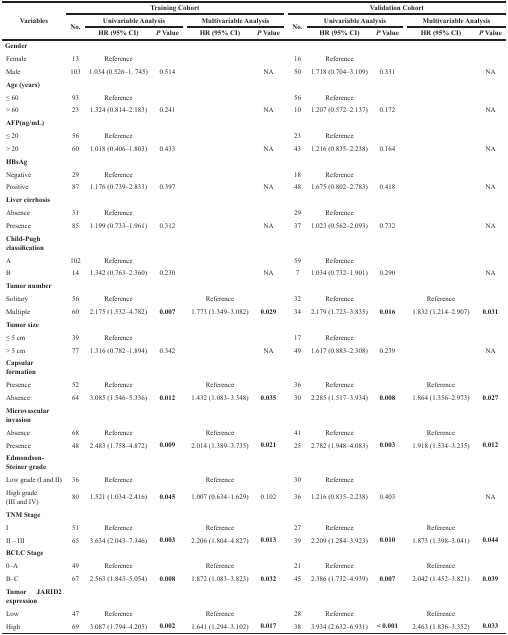
<table><thead><tr><td rowspan="3"><b>Variables</b></td><td colspan="5"><b>Training Cohort</b></td><td colspan="5"><b>Validation Cohort</b></td></tr><tr><td rowspan="2"><b>No.</b></td><td colspan="2"><b>Univariable Analysis</b></td><td colspan="2"><b>Multivariable Analysis</b></td><td rowspan="2"><b>No.</b></td><td colspan="2"><b>Univariable Analysis</b></td><td colspan="2"><b>Multivariable Analysis</b></td></tr><tr><td><b>HR (95% CI)</b></td><td><b><i>P</i> Value</b></td><td><b>HR (95% CI)</b></td><td><b><i>P</i> Value</b></td><td><b>HR (95% CI)</b></td><td><b><i>P</i> Value</b></td><td><b>HR (95% CI)</b></td><td><b><i>P</i> Value</b></td></tr></thead><tbody><tr><td><b>Gender</b></td><td></td><td></td><td></td><td></td><td></td><td></td><td></td><td></td><td></td><td></td></tr><tr><td>Female</td><td>13</td><td>Reference</td><td></td><td></td><td></td><td>16</td><td>Reference</td><td></td><td></td><td></td></tr><tr><td>Male</td><td>103</td><td>1.034 (0.526–1. 745)</td><td>0.514</td><td></td><td>NA</td><td>50</td><td>1.718 (0.704–3.109)</td><td>0.331</td><td></td><td>NA</td></tr><tr><td><b>Age (years)</b></td><td></td><td></td><td></td><td></td><td></td><td></td><td></td><td></td><td></td><td></td></tr><tr><td>≤ 60</td><td>93</td><td>Reference</td><td></td><td></td><td></td><td>56</td><td>Reference</td><td></td><td></td><td></td></tr><tr><td>&gt; 60</td><td>23</td><td>1.324 (0.814–2.183)</td><td>0.241</td><td></td><td>NA</td><td>10</td><td>1.207 (0.572–2.137)</td><td>0.172</td><td></td><td>NA</td></tr><tr><td><b>AFP(ng/mL)</b></td><td></td><td></td><td></td><td></td><td></td><td></td><td></td><td></td><td></td><td></td></tr><tr><td>≤ 20</td><td>56</td><td>Reference</td><td></td><td></td><td></td><td>23</td><td>Reference</td><td></td><td></td><td></td></tr><tr><td>&gt; 20</td><td>60</td><td>1.018 (0.406–1.803)</td><td>0.433</td><td></td><td>NA</td><td>43</td><td>1.216 (0.835–2.238)</td><td>0.164</td><td></td><td>NA</td></tr><tr><td><b>HBsAg</b></td><td></td><td></td><td></td><td></td><td></td><td></td><td></td><td></td><td></td><td></td></tr><tr><td>Negative</td><td>29</td><td>Reference</td><td></td><td></td><td></td><td>18</td><td>Reference</td><td></td><td></td><td></td></tr><tr><td>Positive</td><td>87</td><td>1.176 (0.739–2.833)</td><td>0.397</td><td></td><td>NA</td><td>48</td><td>1.675 (0.802–2.783)</td><td>0.418</td><td></td><td>NA</td></tr><tr><td><b>Liver cirrhosis</b></td><td></td><td></td><td></td><td></td><td></td><td></td><td></td><td></td><td></td><td></td></tr><tr><td>Absence</td><td>31</td><td>Reference</td><td></td><td></td><td></td><td>29</td><td>Reference</td><td></td><td></td><td></td></tr><tr><td>Presence</td><td>85</td><td>1.199 (0.733–1.961)</td><td>0.312</td><td></td><td>NA</td><td>37</td><td>1.023 (0.562–2.093)</td><td>0.732</td><td></td><td>NA</td></tr><tr><td><b>Child-Pugh classification</b></td><td></td><td></td><td></td><td></td><td></td><td></td><td></td><td></td><td></td><td></td></tr><tr><td>A</td><td>102</td><td>Reference</td><td></td><td></td><td></td><td>59</td><td>Reference</td><td></td><td></td><td></td></tr><tr><td>B</td><td>14</td><td>1.342 (0.763–2.360)</td><td>0.230</td><td></td><td>NA</td><td>7</td><td>1.034 (0.732–1.901)</td><td>0.290</td><td></td><td>NA</td></tr><tr><td><b>Tumor number</b></td><td></td><td></td><td></td><td></td><td></td><td></td><td></td><td></td><td></td><td></td></tr><tr><td>Solitary</td><td>56</td><td>Reference</td><td></td><td>Reference</td><td></td><td>32</td><td>Reference</td><td></td><td>Reference</td><td></td></tr><tr><td>Multiple</td><td>60</td><td>2.175 (1.532–4.782)</td><td><b>0.007</b></td><td>1.773 (1.349–3.082)</td><td><b>0.029</b></td><td>34</td><td>2.179 (1.723–3.835)</td><td><b>0.016</b></td><td>1.832 (1.214–2.907)</td><td><b>0.031</b></td></tr><tr><td><b>Tumor size</b></td><td></td><td></td><td></td><td></td><td></td><td></td><td></td><td></td><td></td><td></td></tr><tr><td>≤ 5 cm</td><td>39</td><td>Reference</td><td></td><td></td><td></td><td>17</td><td>Reference</td><td></td><td></td><td></td></tr><tr><td>&gt; 5 cm</td><td>77</td><td>1.316 (0.782–1.894)</td><td>0.342</td><td></td><td>NA</td><td>49</td><td>1.617 (0.883–2.308)</td><td>0.239</td><td></td><td>NA</td></tr><tr><td><b>Capsular formation</b></td><td></td><td></td><td></td><td></td><td></td><td></td><td></td><td></td><td></td><td></td></tr><tr><td>Presence</td><td>52</td><td>Reference</td><td></td><td>Reference</td><td></td><td>36</td><td>Reference</td><td></td><td>Reference</td><td></td></tr><tr><td>Absence</td><td>64</td><td>3.085 (1.546–5.336)</td><td><b>0.012</b></td><td>1.432 (1.083–3.348)</td><td><b>0.035</b></td><td>30</td><td>2.285 (1.517–3.934)</td><td><b>0.008</b></td><td>1.864 (1.356–2.973)</td><td><b>0.027</b></td></tr><tr><td><b>Microvascular invasion</b></td><td></td><td></td><td></td><td></td><td></td><td></td><td></td><td></td><td></td><td></td></tr><tr><td>Absence</td><td>68</td><td>Reference</td><td></td><td>Reference</td><td></td><td>41</td><td>Reference</td><td></td><td>Reference</td><td></td></tr><tr><td>Presence</td><td>48</td><td>2.483 (1.758–4.872)</td><td><b>0.009</b></td><td>2.014 (1.389–3.735)</td><td><b>0.021</b></td><td>25</td><td>2.782 (1.948–4.083)</td><td><b>0.003</b></td><td>1.918 (1.534–3.235)</td><td><b>0.012</b></td></tr><tr><td><b>Edmondson-Steiner grade</b></td><td></td><td></td><td></td><td></td><td></td><td></td><td></td><td></td><td></td><td></td></tr><tr><td>Low grade (I and II)</td><td>36</td><td>Reference</td><td></td><td>Reference</td><td></td><td>30</td><td>Reference</td><td></td><td></td><td></td></tr><tr><td>High grade (III and IV)</td><td>80</td><td>1.521 (1.034–2.416)</td><td><b>0.045</b></td><td>1.007 (0.634–1.629)</td><td>0.102</td><td>36</td><td>1.216 (0.835–2.238)</td><td>0.403</td><td></td><td>NA</td></tr><tr><td><b>TNM Stage</b></td><td></td><td></td><td></td><td></td><td></td><td></td><td></td><td></td><td></td><td></td></tr><tr><td>I</td><td>51</td><td>Reference</td><td></td><td>Reference</td><td></td><td>27</td><td>Reference</td><td></td><td>Reference</td><td></td></tr><tr><td>II – III</td><td>65</td><td>3.634 (2.043–7.346)</td><td><b>0.003</b></td><td>2.206 (1.804–4.827)</td><td><b>0.013</b></td><td>39</td><td>2.209 (1.284–3.923)</td><td><b>0.010</b></td><td>1.873 (1.398–3.041)</td><td><b>0.044</b></td></tr><tr><td><b>BCLC Stage</b></td><td></td><td></td><td></td><td></td><td></td><td></td><td></td><td></td><td></td><td></td></tr><tr><td>0–A</td><td>49</td><td>Reference</td><td></td><td>Reference</td><td></td><td>21</td><td>Reference</td><td></td><td>Reference</td><td></td></tr><tr><td>B–C</td><td>67</td><td>2.563 (1.843–5.054)</td><td><b>0.008</b></td><td>1.872 (1.083–3.823)</td><td><b>0.032</b></td><td>45</td><td>2.386 (1.732–4.939)</td><td><b>0.007</b></td><td>2.042 (1.452–3.821)</td><td><b>0.039</b></td></tr><tr><td><b>Tumor JARID2 expression</b></td><td></td><td></td><td></td><td></td><td></td><td></td><td></td><td></td><td></td><td></td></tr><tr><td>Low</td><td>47</td><td>Reference</td><td></td><td>Reference</td><td></td><td>28</td><td>Reference</td><td></td><td>Reference</td><td></td></tr><tr><td>High</td><td>69</td><td>3.087 (1.794–4.205)</td><td><b>0.002</b></td><td>1.641 (1.294–3.102)</td><td><b>0.017</b></td><td>38</td><td>3.934 (2.632–6.931)</td><td><b>&lt; 0.001</b></td><td>2.463 (1.836–3.352)</td><td><b>0.033</b></td></tr></tbody></table>